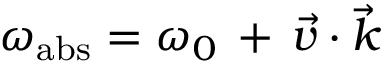
\omega _ { \mathrm { a b s } } = \omega _ { 0 } \, + \, \vec { v } \cdot \vec { k }